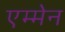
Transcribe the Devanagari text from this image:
एम्मेन